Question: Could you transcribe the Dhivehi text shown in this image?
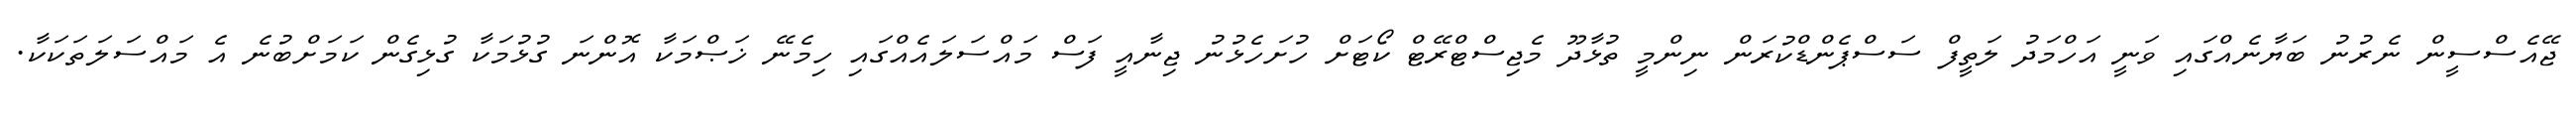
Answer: ޖޭއެސްސީން ނެރުނު ބަޔާނެއްގައި ވަނީ އަހްމަދު ލަތީފް ސަސްޕެންޑްކުރަން ނިންމީ ތުޅާދޫ މެޖިސްޓްރޭޓް ކޯޓަށް ހުށަހެޅުނު ޖިނާއީ ފަސް މައްސަލައެއްގައި ހިމެނޭ ޚަޞްމަކާ އޮންނަ ގުޅުމަކާ ގުޅިގެން ކަމަށްބުނެ އެ މައްސަލަތަކަކާ.